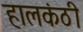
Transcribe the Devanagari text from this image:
हालकंठी